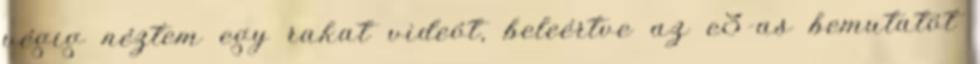
végig néztem egy rakat videót, beleértve az e3-as bemutatót